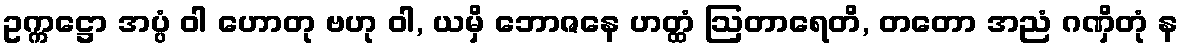
ဥက္ကဋ္ဌော အပ္ပံ ဝါ ဟောတု ဗဟု ဝါ, ယမှိ ဘောဇနေ ဟတ္ထံ ဩတာရေတိ, တတော အညံ ဂဏှိတုံ န